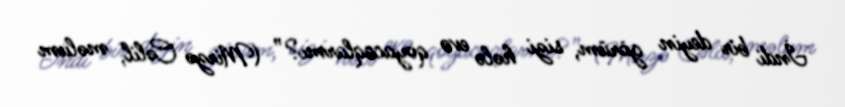
İndi bir deyin görüm, sizi hələ evə qoyacaqlarmı?” (Mirzə Cəlil, məlum